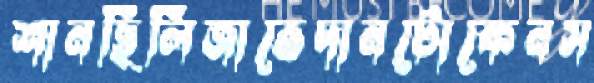
শানছিলিজাভেদানটোকেনস